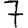
Digit: 7